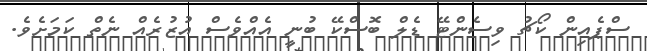
ސްޕެއިން ކޯޗު ވިސެންޓޭ ޑެލް ބޮސްކޭ ބުނީ އެއްވެސް އުޒުރެއް ނެތް ކަމަށެވެ.